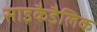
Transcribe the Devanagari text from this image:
साइकैडैलिक